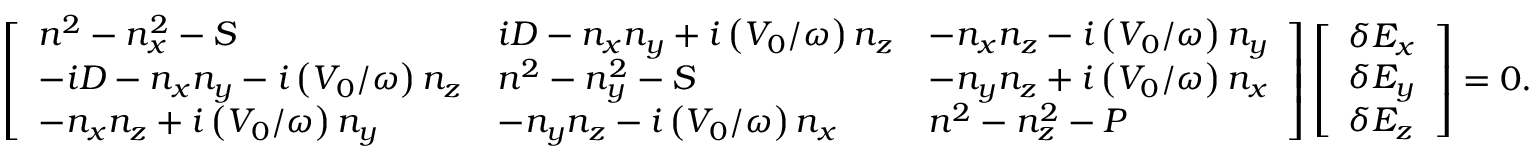
\left[ \begin{array} { l l l } { n ^ { 2 } - n _ { x } ^ { 2 } - S } & { i D - n _ { x } n _ { y } + i \left( V _ { 0 } / \omega \right) n _ { z } } & { - n _ { x } n _ { z } - i \left( V _ { 0 } / \omega \right) n _ { y } } \\ { - i D - n _ { x } n _ { y } - i \left( V _ { 0 } / \omega \right) n _ { z } } & { n ^ { 2 } - n _ { y } ^ { 2 } - S } & { - n _ { y } n _ { z } + i \left( V _ { 0 } / \omega \right) n _ { x } } \\ { - n _ { x } n _ { z } + i \left( V _ { 0 } / \omega \right) n _ { y } } & { - n _ { y } n _ { z } - i \left( V _ { 0 } / \omega \right) n _ { x } } & { n ^ { 2 } - n _ { z } ^ { 2 } - P } \end{array} \right] \left[ \begin{array} { l } { \delta E _ { x } } \\ { \delta E _ { y } } \\ { \delta E _ { z } } \end{array} \right] = 0 .